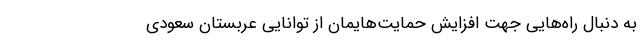
به دنبال راه‌هایی جهت افزایش حمایت‌هایمان از توانایی عربستان سعودی